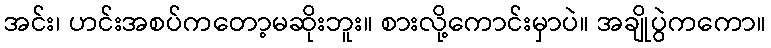
အင်း၊ ဟင်းအစပ်ကတော့မဆိုးဘူး။ စားလို့ကောင်းမှာပဲ။ အချိုပွဲကကော။